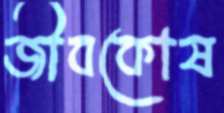
জীবকোষ